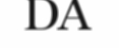
DA